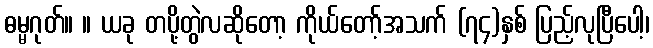
ဓမ္မဂုတ်။ ။ ယခု တပို့တွဲလဆိုတော့ ကိုယ်တော့်အသက် (၇၄)နှစ် ပြည့်လုပြီပေါ့၊